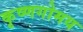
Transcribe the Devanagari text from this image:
कृष्णगोमय